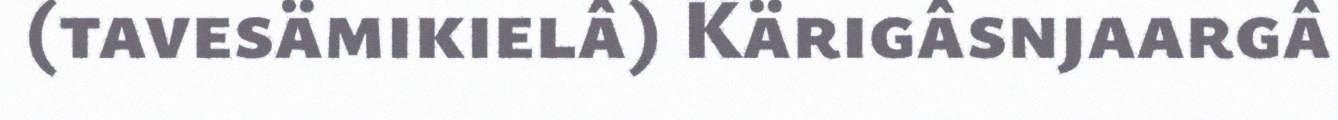
(tavesämikielâ) Kärigâsnjaargâ